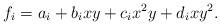
LaTeX: \begin{align*}f_i = a_i + b_ixy+c_ix^2y+d_ixy^2.\end{align*}